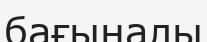
бағыналы